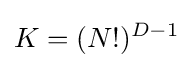
K=(N!)^{D-1}